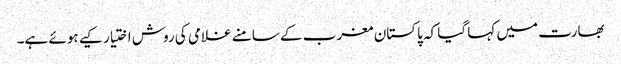
بھارت میں کہا گیا کہ پاکستان مغرب کے سامنے غلامی کی روش اختیار کیے ہوئے ہے۔